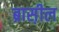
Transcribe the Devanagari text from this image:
ब्रास़ील